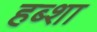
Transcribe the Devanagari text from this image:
हब्शा